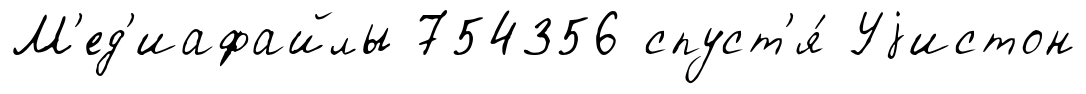
М'ед'иафайлы 754356 спуст'я́ Уjистон